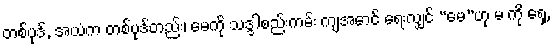
တစ်ပုဒ်, အယံက တစ်ပုဒ်တည်း၊ မေကို သဒ္ဒါစည်းကမ်း ကျအောင် ရေးလျှင် “မေ”ဟု မ ကို ရှေ့,